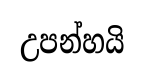
උපන්හයි